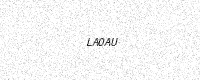
Text: LA0AU